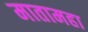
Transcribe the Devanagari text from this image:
मातामहा